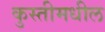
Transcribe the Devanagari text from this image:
कुस्तीमधील